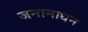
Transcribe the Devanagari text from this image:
जनानाधन